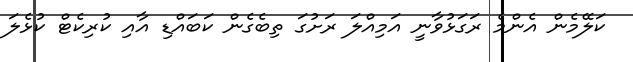
ކަލޭމެން އެންމެ ރަގަޅުވާނީ އަމިއްލަ ރަށުގަ ތިބެގެން ކަބައްޑި އާއި ކުރިކެޓް ކުޅެލަ